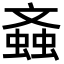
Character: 螡